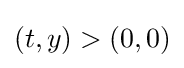
(t,y)>(0,0)